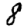
Digit: 8